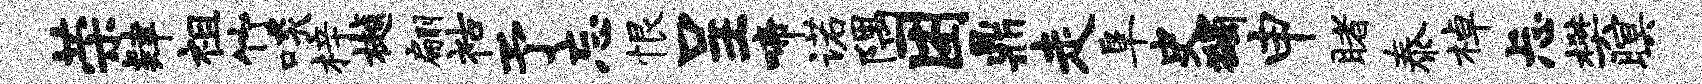
荣肄祖竹啖梓樾翩祜予忘恨呈啼诺隅困鼎走阜史蠲申睹泰棹忐樊暝